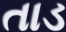
તાડ